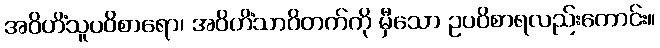
အဝိဟိံသူပဝိစာရော၊ အဝိဟိံသာဝိတက်ကို မှီသော ဥပဝိစာရလည်းကောင်း။